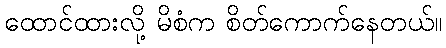
ထောင်ထားလို့ မိစံက စိတ်ကောက်နေတယ်။